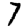
Digit: 7